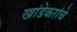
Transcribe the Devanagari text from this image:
खांडेकरांचे